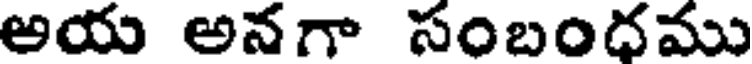
అయ అనగా సంబందము